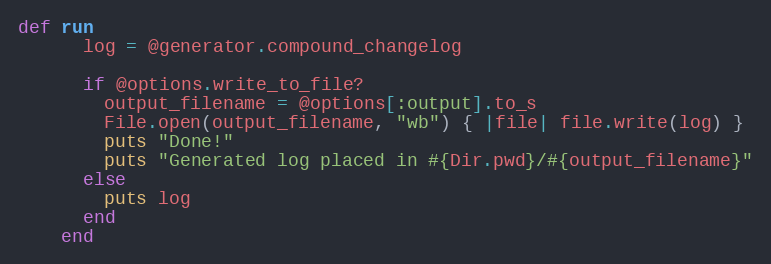
Language: Ruby
def run
      log = @generator.compound_changelog

      if @options.write_to_file?
        output_filename = @options[:output].to_s
        File.open(output_filename, "wb") { |file| file.write(log) }
        puts "Done!"
        puts "Generated log placed in #{Dir.pwd}/#{output_filename}"
      else
        puts log
      end
    end